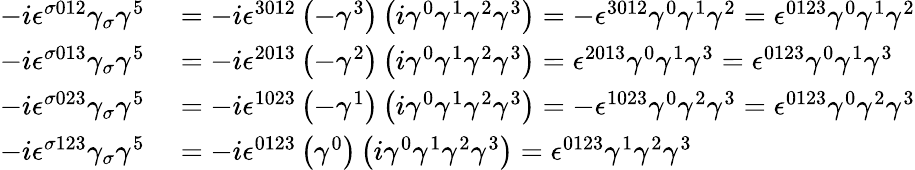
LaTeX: \begin{array}{rl}{-i\epsilon^{\sigma 012}\gamma_{\sigma}\gamma^{5}}&{{}=-i\epsilon^{3012}\left(-\gamma^{3}\right)\left(i\gamma^{0}\gamma^{1}\gamma^{2}\gamma^{3}\right)=-\epsilon^{3012}\gamma^{0}\gamma^{1}\gamma^{2}=\epsilon^{0123}\gamma^{0}\gamma^{1}\gamma^{2}}\\ {-i\epsilon^{\sigma 013}\gamma_{\sigma}\gamma^{5}}&{{}=-i\epsilon^{2013}\left(-\gamma^{2}\right)\left(i\gamma^{0}\gamma^{1}\gamma^{2}\gamma^{3}\right)=\epsilon^{2013}\gamma^{0}\gamma^{1}\gamma^{3}=\epsilon^{0123}\gamma^{0}\gamma^{1}\gamma^{3}}\\ {-i\epsilon^{\sigma 023}\gamma_{\sigma}\gamma^{5}}&{{}=-i\epsilon^{1023}\left(-\gamma^{1}\right)\left(i\gamma^{0}\gamma^{1}\gamma^{2}\gamma^{3}\right)=-\epsilon^{1023}\gamma^{0}\gamma^{2}\gamma^{3}=\epsilon^{0123}\gamma^{0}\gamma^{2}\gamma^{3}}\\ {-i\epsilon^{\sigma 123}\gamma_{\sigma}\gamma^{5}}&{{}=-i\epsilon^{0123}\left(\gamma^{0}\right)\left(i\gamma^{0}\gamma^{1}\gamma^{2}\gamma^{3}\right)=\epsilon^{0123}\gamma^{1}\gamma^{2}\gamma^{3}}\end{array}